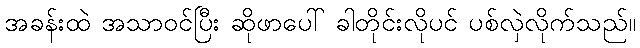
အခန်းထဲ အသာဝင်ပြီး ဆိုဖာပေါ် ခါတိုင်းလိုပင် ပစ်လှဲလိုက်သည်။